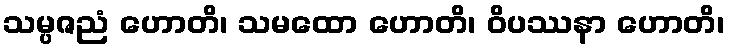
သမ္ပဇညံ ဟောတိ၊ သမထော ဟောတိ၊ ဝိပဿနာ ဟောတိ၊